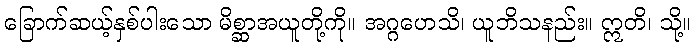
ခြောက်ဆယ့်နှစ်ပါးသော မိစ္ဆာအယူတို့ကို။ အဂ္ဂဟေသိ၊ ယူဘိသနည်း။ ဣတိ၊ သို့။